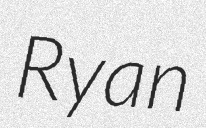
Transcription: Ryan